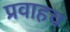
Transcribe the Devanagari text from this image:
प्रवाहच